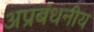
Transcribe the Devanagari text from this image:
अप्रबंधनीय